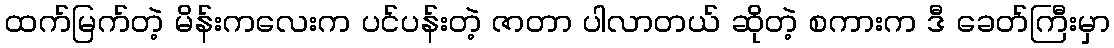
ထက်မြက်တဲ့ မိန်းကလေးက ပင်ပန်းတဲ့ ဇာတာ ပါလာတယ် ဆိုတဲ့ စကားက ဒီ ခေတ်ကြီးမှာ